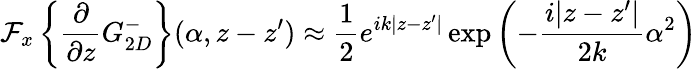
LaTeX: \mathcal{F}_{x}\left\{ \frac{\partial}{\partial z}G_{2D}^{-}\right\} (\alpha,z-z^{\prime})\approx\frac{1}{2}e^{ik|z-z^{\prime}|}\exp\left(-\frac{i|z-z^{\prime}|}{2k}\alpha^{2}\right)